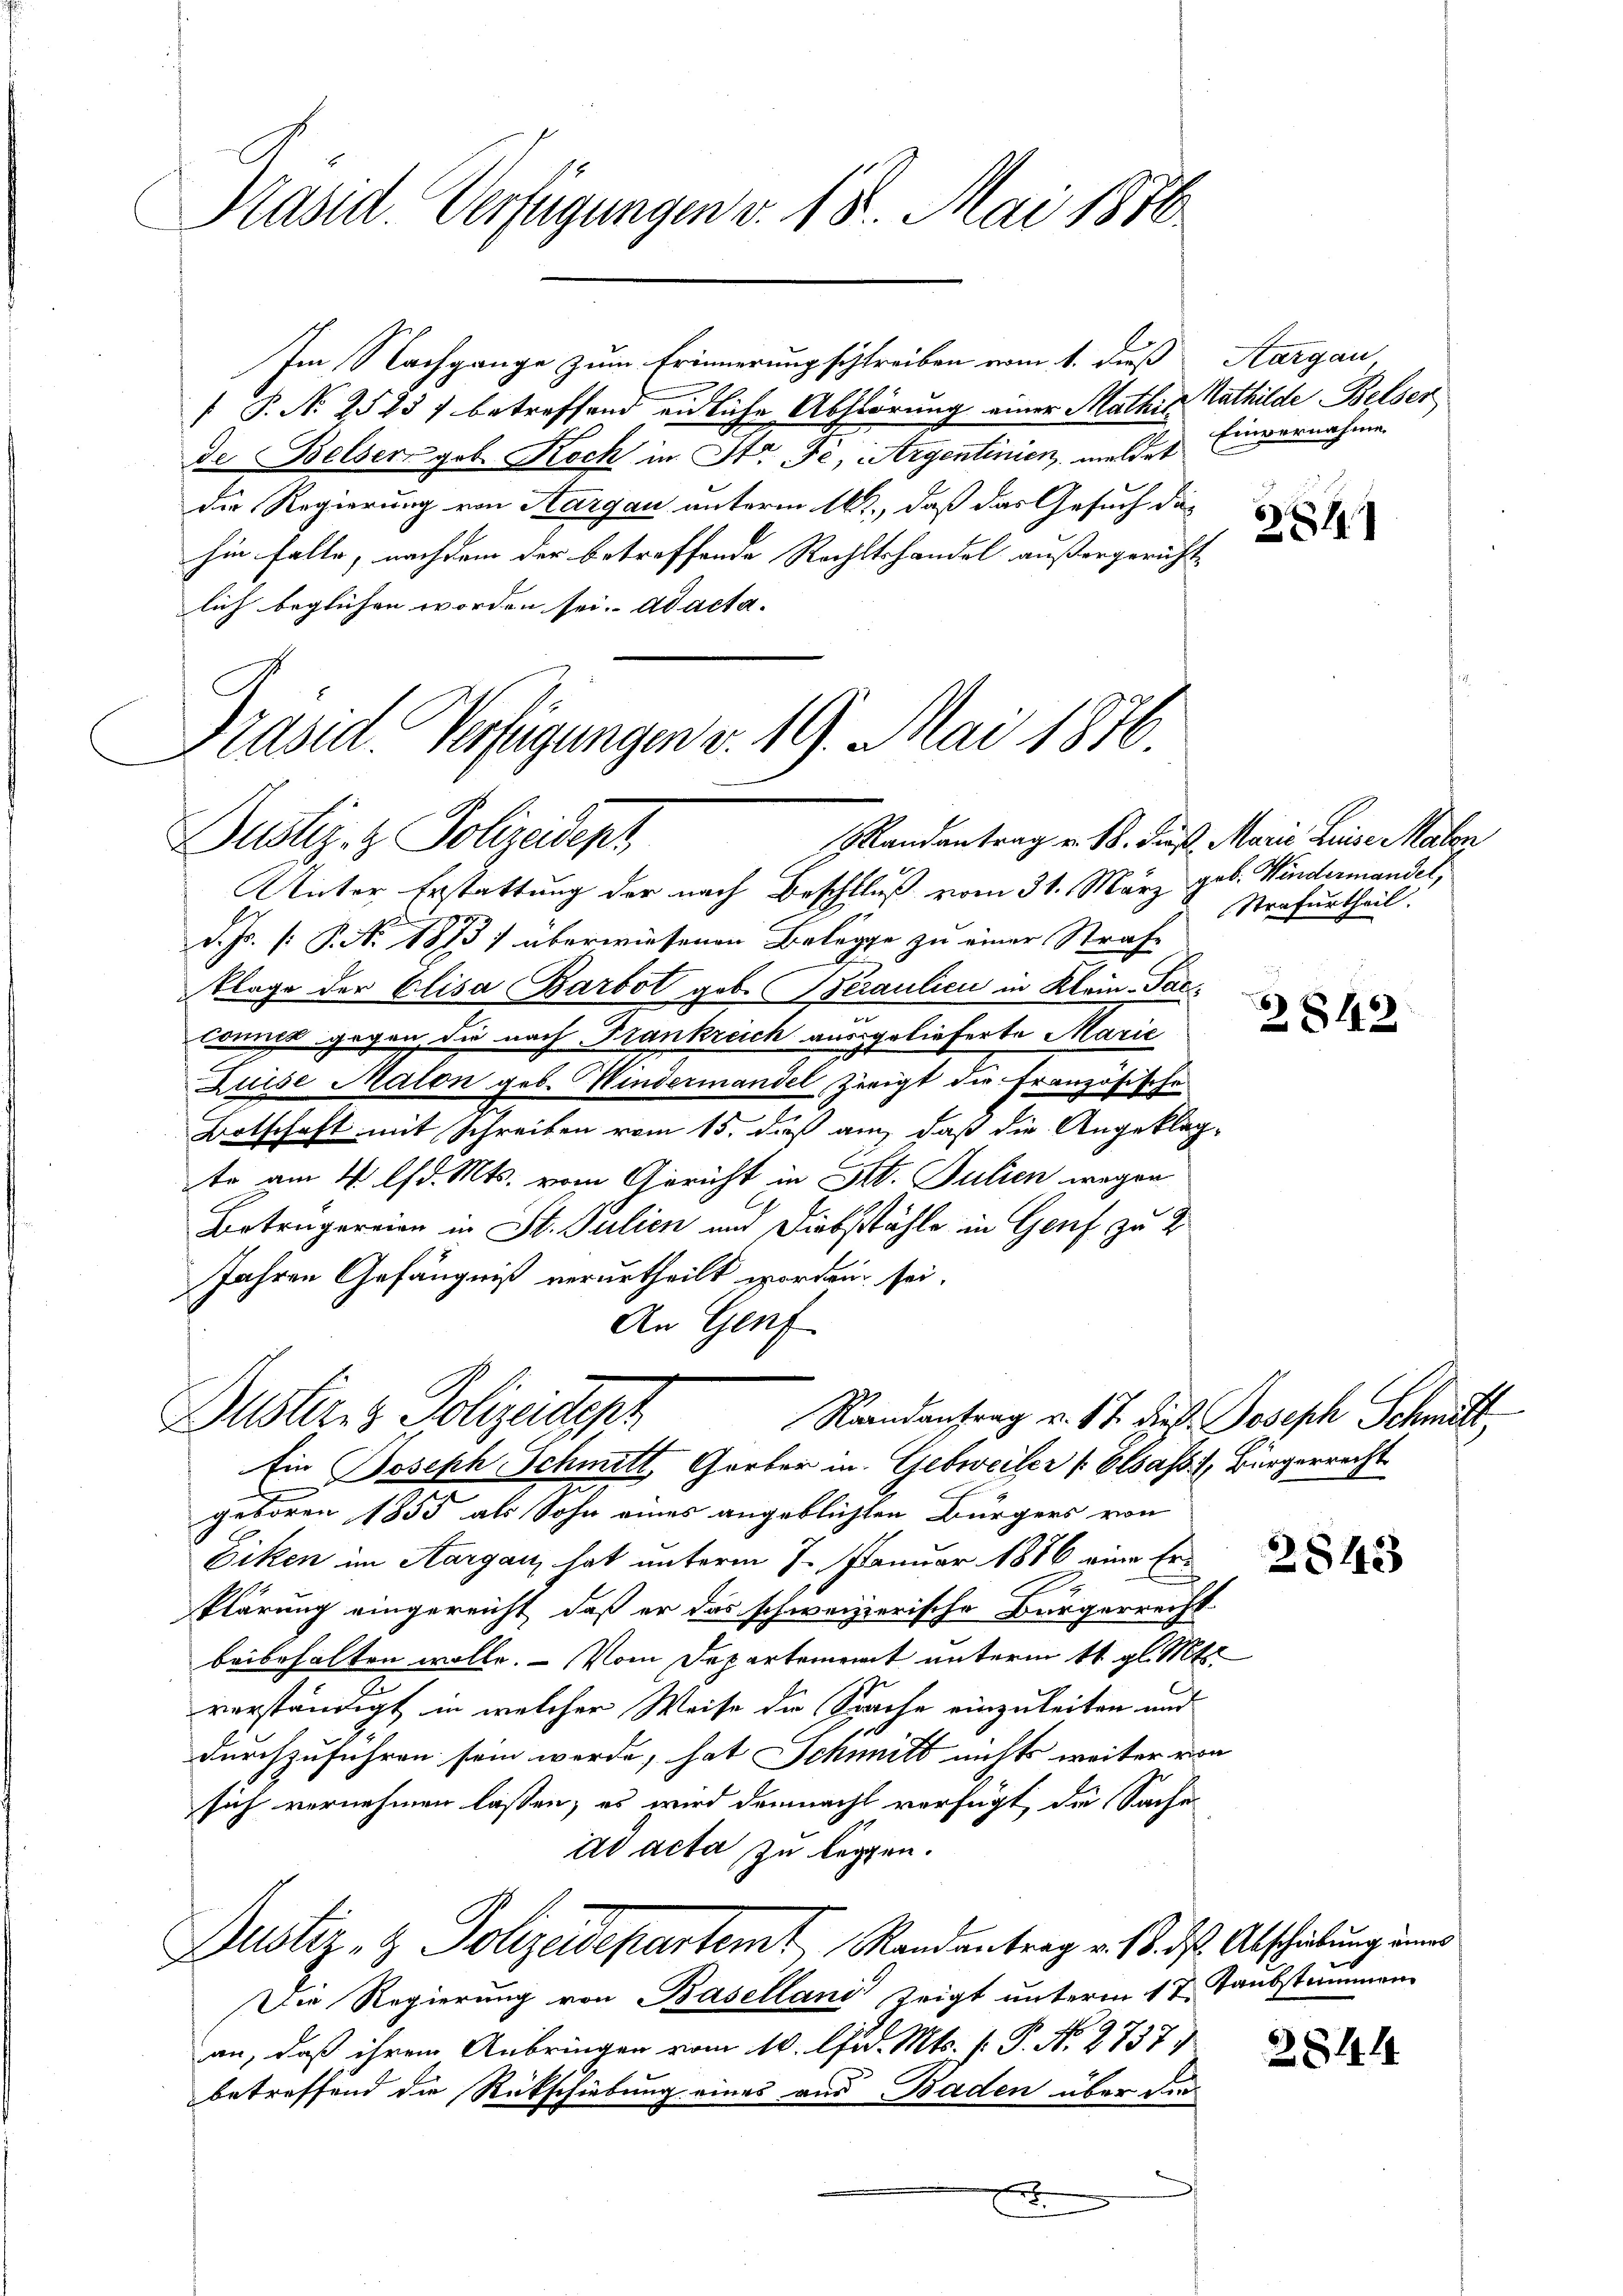
Präsid. Verfügungen v. 18. Mai 1876.

Im Nachgange zum Erinnerung schreiben vom 1. dieß
 P. No 2523 betreffend eidliche Abstörung einer Mathis Mathilde Belser
de Belserzgob. Koch in Str. Fe, Argentinien, meldet
die Regierung von Aargau unterm 16t., daß das Gesuch die
hin falle, nachdem der betreffende Rechtshandel außergericht-
lich beglichen worden sei. ad acta.

Präsid. Verfügungen v. 19. Mai 1876.
Randantrag v. 18. Daß Marie Linie Malen
Justiz- & Polizeidept

Dustiz & Polizeistent
Randantrag v. 17. dies Joseph Schmitt
Ein Joseph Schmitt, Gorber in Gebweiler Elsassi, Bürgerrecht

Unter Erstattung der nach Beschluß vom 31. März geb. Hindermandel,
d. Js. (: P. Nr. 1873 überwiesenen Belege zu einer Strafe
Klage der Elisa Barbot geb. Beraulici in Klein-Sac¬
Conner gegen die nach Frankreich ausgelieferte Marić
Luise Maion geb. Mindermandel, Zweigt die französische
Botschaft mit Schreiben vom 15. dieß an, daß die Angeklag-
te am 4. lfd. Mts. vom Gericht in St. Julien wegen
Betrugereien in St. Julien und Diebstähle in Genf zu 2
Jahren Gefängniß verurtheilt worden sei.
An Genf
x
geboren 1855 als Sohn eines angeblichten Bürgers von
Eiken im Aargau, hat unterm 7. Januar 1886 eine Erklärung eingereicht, daß er das schweizerische Bürgerreich-
beibehalten wolle. — Vom Departement unterm 11. gl. Mts.
verständigt in welcher Weise die Sache einzuleiten und
durchzuführen sein werde, hat Schmitt nichts weiter von
sich vernehmen lassen, es wird demnacht verfügt, die Sache
ad acta zu legten.
Justiz- & Polizeidepartemt, Randantrag v. 18. ds. Abschiebung inner
Der Regierung von Baselland zeigt unterm 17. Taubstamen
an, daß ihrem Anbringen vom 10. lud. Mts. f. P. No. 2737.
betreffend die Rückschiebung eines aus Baden über den

E

Aargau
Einvernahme

88

Strafurtheil.

28142

2842

2844

e